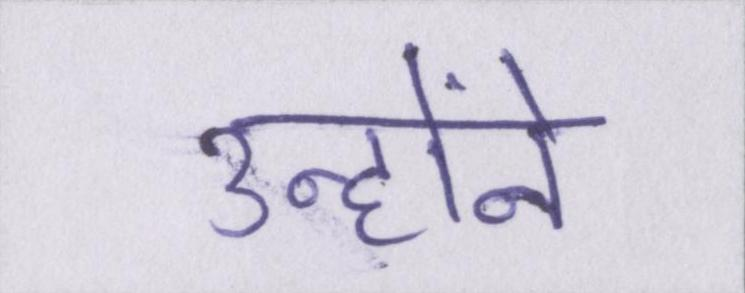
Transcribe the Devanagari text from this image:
उन्होंने